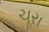
ચૂરા